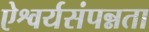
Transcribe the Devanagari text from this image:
ऐश्वर्यसंपन्नता